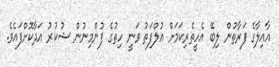
އާއިލާގެ ފަރާތުން ލިބޭ އެހީތެރިކަމަށް އުލްފަތު ވަނީ ހިތުގެ ފުންމިނުން ޝުކުރު އަދާކޮށްފައެވެ.